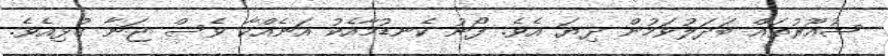
ޝުއޫރުތައް ބަދަލުވަމުން ދިޔަ އެވެ. ފޯނު ކެނޑުމާއެކު އަނެއްކާ ވެސް ޖަނާ ގުޅިއެވެ.